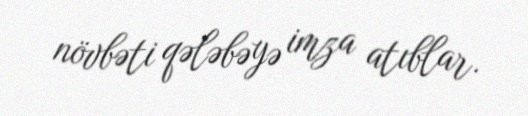
növbəti qələbəyə imza atıblar.